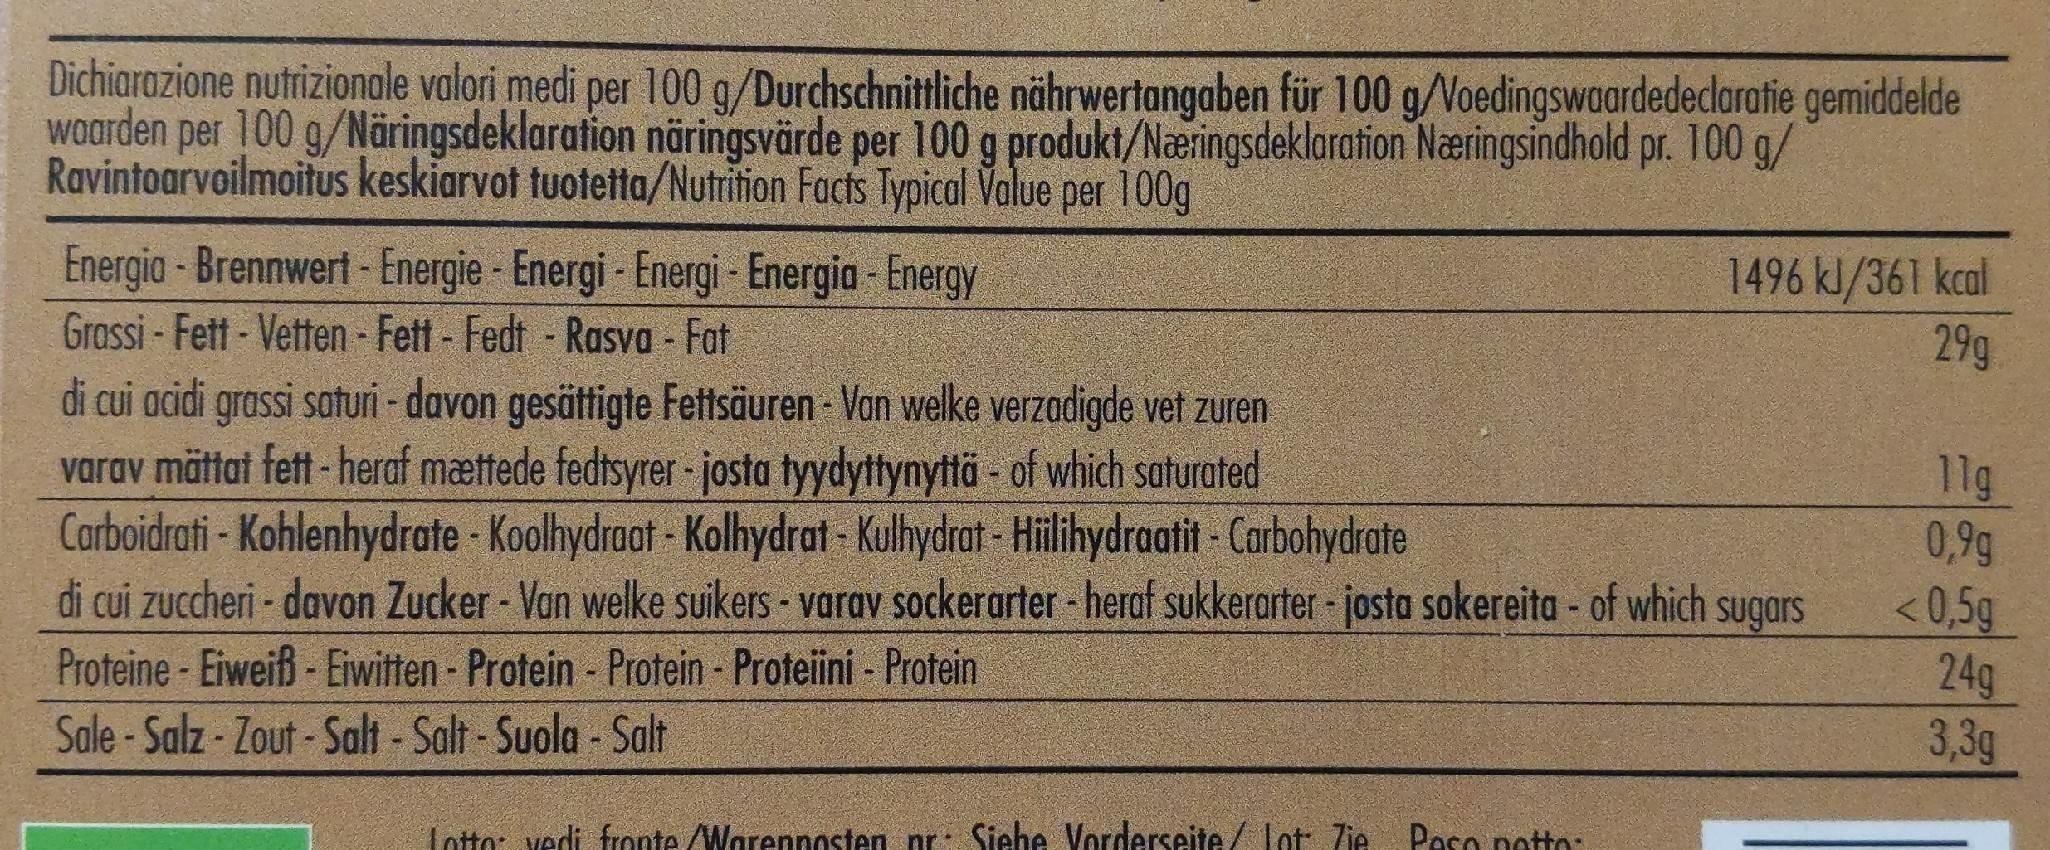
Dichiarazione nutrizionale valori medi per 100 g/Durchschnittliche nährwertangaben für 100 g/Voedingswaardededaratie gemiddelde waarden per 100 g/Näringsdeklaration näringsvärde per 100 g produkt/Naæeringsdeklaration Naeringsindhold pr. 100 g/ Ravintoarvoilmoitus keskiarvot tuotetta/Nutrition Facts Typical Value per 100g
1496 kl/361 kcal 29g
Energia - Brennwert - Energie - Energi - Energi - Energia - Energy Grassi -Fett-Vetten -Fett - Fedt -Rasva - Fat di cui acidi grassi saturi - davon gesättigte Fettsäuren Van welke verzadigde vet zuren varav mättat fett - heraf mættede fedtsyrer - josta tyydyttynyttä - of which saturated Carboidrati - Kohlenhydrate - Koolhydraat - Kolhydrat - Kulhydrat - Hilihydraatit - Carbohydrate di cui zuccheri - davon Zucker - Van welke suikers - varav sockerarter - heraf sukkerarter - josta sokereita - of which sugars Proteine - Eiweiß - Eiwitten - Protein - Protein - Proteiini - Protein Sale - Salz - Zout - Salt - Salt -Suola - Salt
11g 0,9g <0,5g 24g 3,3g
Sugars
%23
Lotto: vedi fronte /Warennosten pr: Siehe Vorderseite/ Lot: 7ie Poso notto: